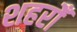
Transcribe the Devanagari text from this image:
शहरोँ